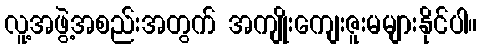
လူ့အဖွဲ့အစည်းအတွက် အကျိုးကျေးဇူးမများနိုင်ပါ။